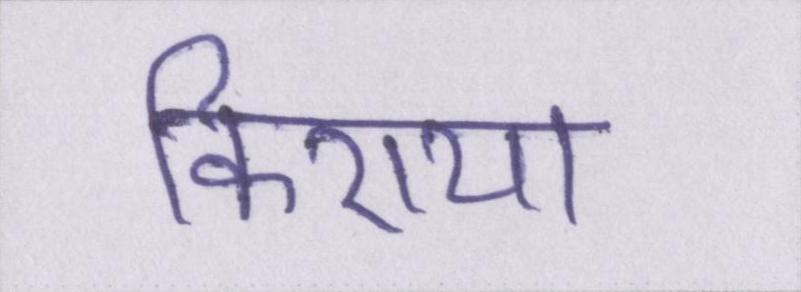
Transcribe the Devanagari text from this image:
किराया